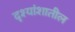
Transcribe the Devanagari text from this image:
दृश्यांशातील